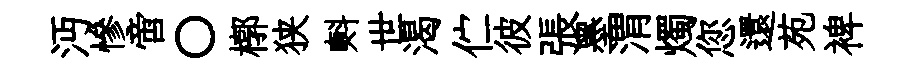
沔慘啻〇槨狭㪺世渴伫彼張墨渭燭您還苑裨